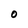
Character: O